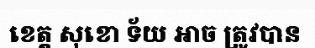
ខេត្ត សុខោ ទ័យ អាច ត្រូវបាន